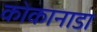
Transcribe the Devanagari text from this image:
कोकानाडा